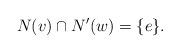
LaTeX: \begin{align*}N(v)\cap N'(w) = \{e\}.\end{align*}